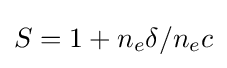
S=1+n_{e}\delta /n_{e}c